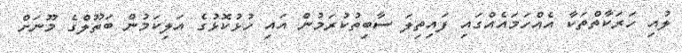
ލުއި ހަރަކާތްތަކާ އެއްހަމައެއްގައި ފައިތިލަ ސާބިތުކުރަމުން އައި ހުޅުކޮޅުގެ އަލިކަމުން ބަތޫލްގެ މޫނަށް